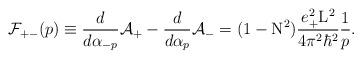
LaTeX: \begin{align*}{\cal F}_{+ -}(p) \equiv \frac{d}{d{\alpha}_{-p}} {\cal A}_{+} -\frac{d}{d{\alpha}_{p}} {\cal A}_{-} = (1-{\rm N}^2) \frac{e_{+}^2{\rm L}^2}{4{\pi}^2{\hbar}^2} \frac{1}{p} .\end{align*}